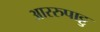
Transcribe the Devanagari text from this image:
आररुपाट्टु